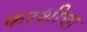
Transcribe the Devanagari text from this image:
फरशीचा